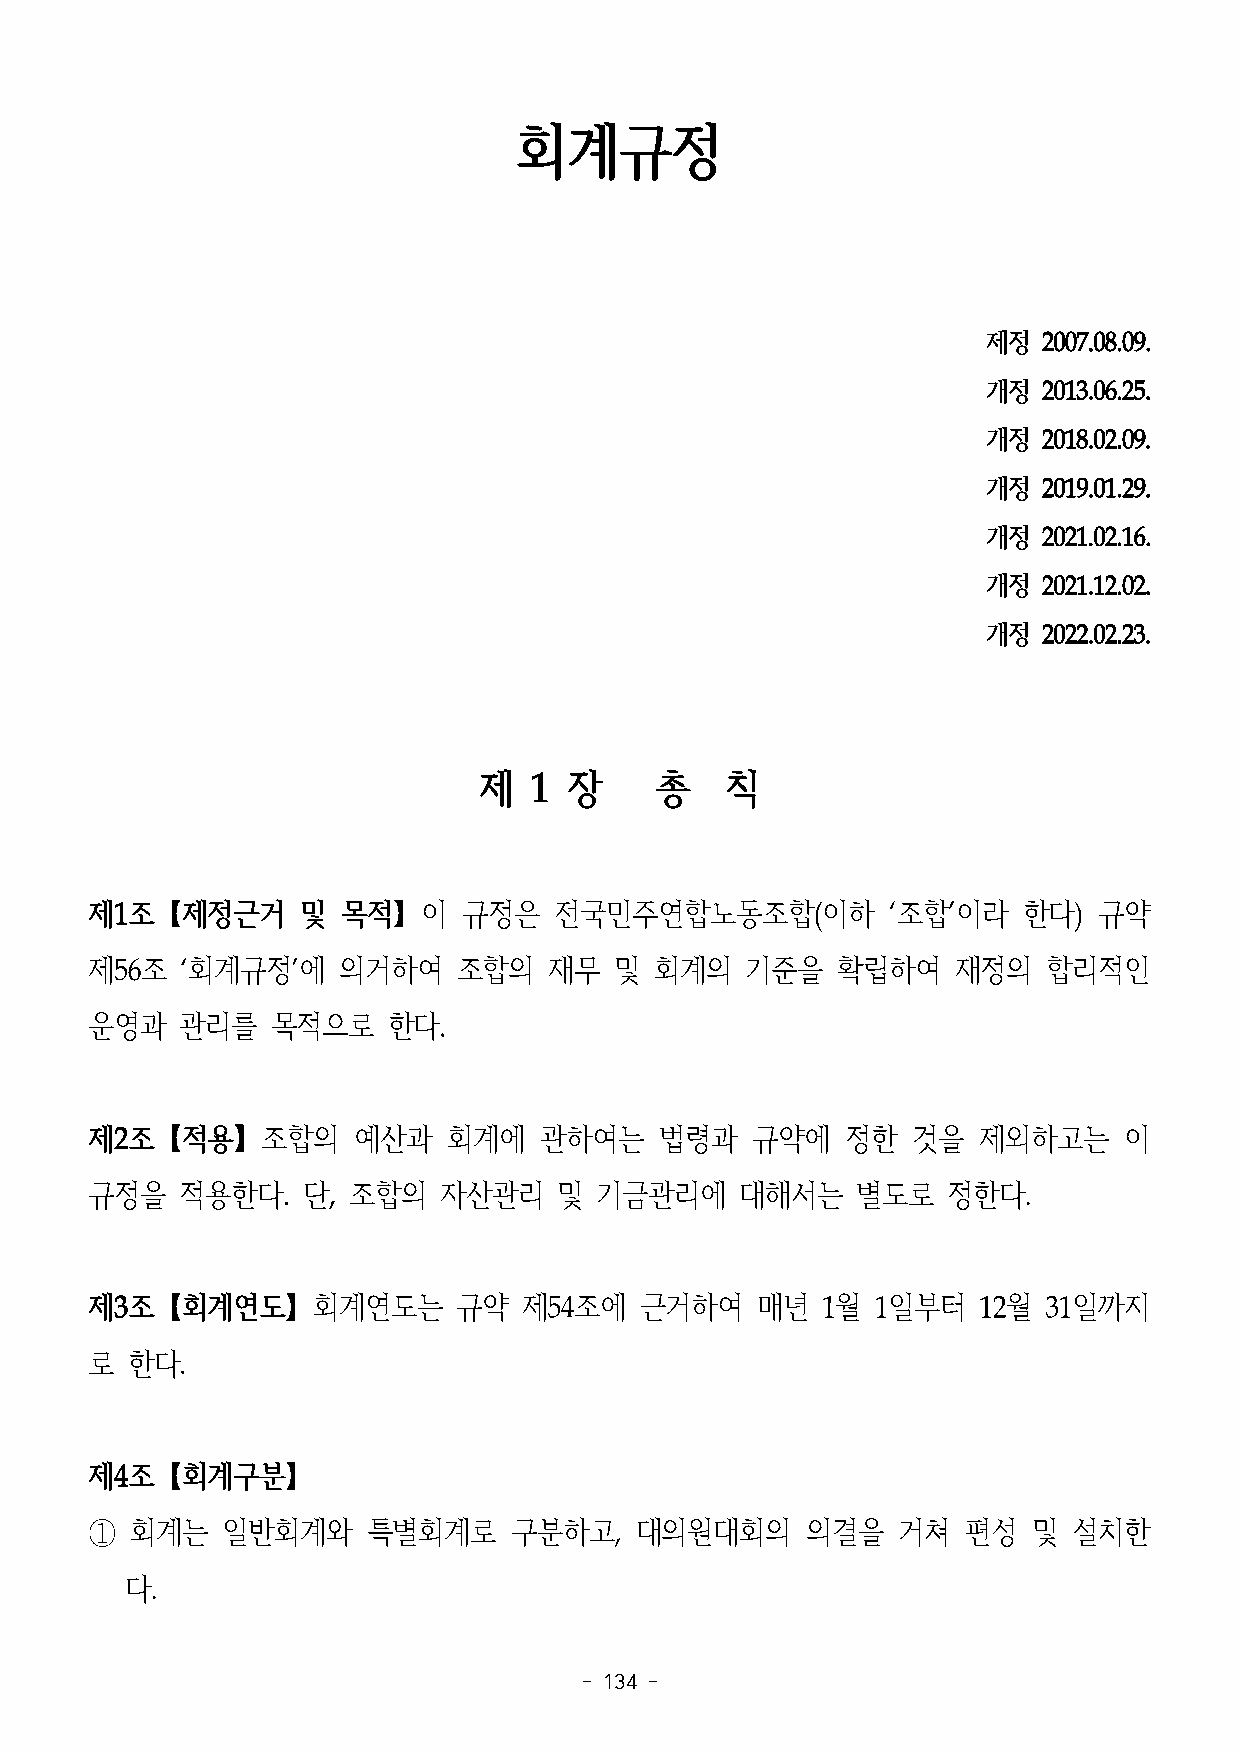
회계규정
 제정  2007.08.09.
 개정  2013.06.25.
 개정  2018.02.09.
 개정  2019.01.29.
 개정  2021.02.16.
 개정  2021.12.02.
 개정  2022.02.23.
 제  1  장    총    칙
 제1조【제정근거      및  목적】이    규정은   전국민주연합노동조합(이하         ‘조합’이라   한다)  규약
 제56조  ‘회계규정’에   의거하여    조합의   재무   및 회계의   기준을   확립하여    재정의   합리적인
 운영과   관리를   목적으로    한다.
 제2조【적용】조합의       예산과    회계에   관하여는    법령과   규약에   정한  것을   제외하고는    이
 규정을   적용한다.   단, 조합의   자산관리    및 기금관리에     대해서는    별도로   정한다.
 제3조【회계연도】회계연도는          규약   제54조에  근거하여    매년  1월  1일부터   12월 31일까지
 로 한다.
 제4조【회계구분】
 ①  회계는   일반회계와    특별회계로     구분하고,   대의원대회의     의결을   거쳐   편성  및  설치한
 다.
 - 134 -